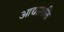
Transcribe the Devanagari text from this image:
आद्याशक्ति